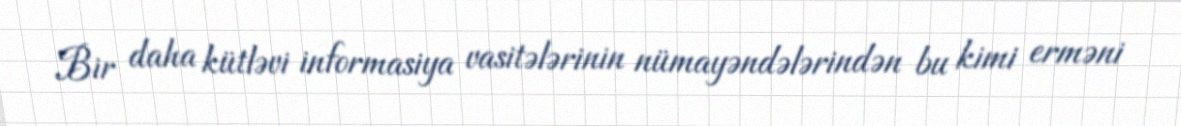
Bir daha kütləvi informasiya vasitələrinin nümayəndələrindən bu kimi erməni